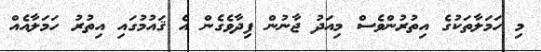
މި ހަމަލާތަކުގެ އިތުރުންވެސް މިއަދު ޖާނުން ފިދާވެގެން އެ ޤައުމުގައި އިތުރު ހަމަލާއެއް